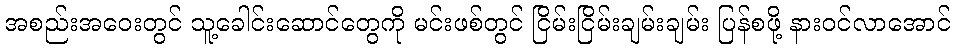
အစည်းအဝေးတွင် သူ့ခေါင်းဆောင်တွေကို မင်းဖစ်တွင် ငြိမ်းငြိမ်းချမ်းချမ်း ပြန်စဖို့ နားဝင်လာအောင်